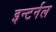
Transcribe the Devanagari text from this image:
इन्टर्नल